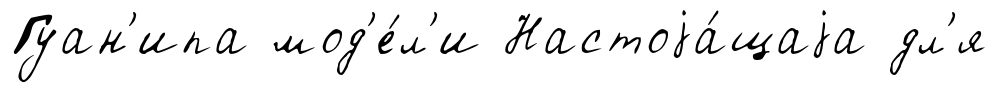
Гуан'ипа мод'е́л'и Настоjа́щаjа дл'я